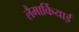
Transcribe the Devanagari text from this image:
लैमार्कियाई